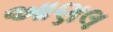
આણલ